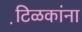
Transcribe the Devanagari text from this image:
टि़ळकांना